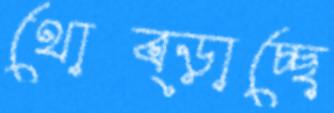
থোব্‌ড়াচ্ছে